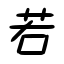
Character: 若